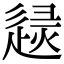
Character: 𨓶